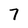
Character: 7